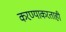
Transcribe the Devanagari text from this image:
करण्याकरताही